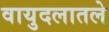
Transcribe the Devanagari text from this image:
वायुदलातले